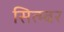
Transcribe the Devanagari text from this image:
सित्म्बर